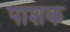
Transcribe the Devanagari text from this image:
पाशक